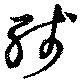
殘